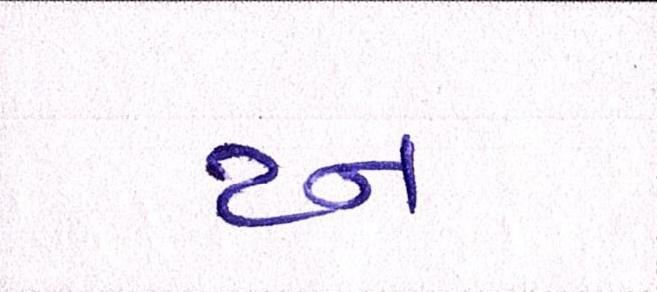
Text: ટન